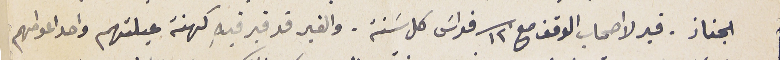
الجناز. قبر لااصحاب الوقف مع ١٢ قداسَ كل سَنة. والقبر قد قبر فيهِ كهنة عيلتهم واحد اعوامهم